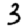
Digit: 3